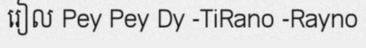
រៀល Pey Pey Dy -TiRano -Rayno